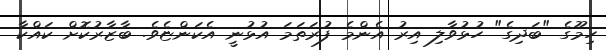
ހިމޫގެ "ބަދިގެ" ހުޅުވާލި އިރު އެންމެ ފުރަތަމަ އުޅުނީ އެކަންޏެވެ. ބާޒާރުކޮށް ކައްކާ